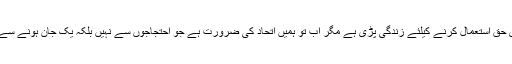
جمہوری حق استعمال کرنے کیلئے زندگی پڑی ہے مگر اب تو ہمیں اتحاد کی ضرورت ہے جو احتجاجوں سے نہیں بلکہ یک جان ہونے سے آئے گا۔